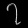
Digit: ၇